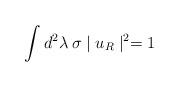
\begin{align*}\int d^2\lambda \: \sigma \mid u_R \mid^2 = 1\end{align*}